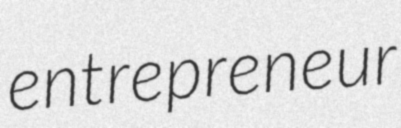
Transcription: entrepreneur